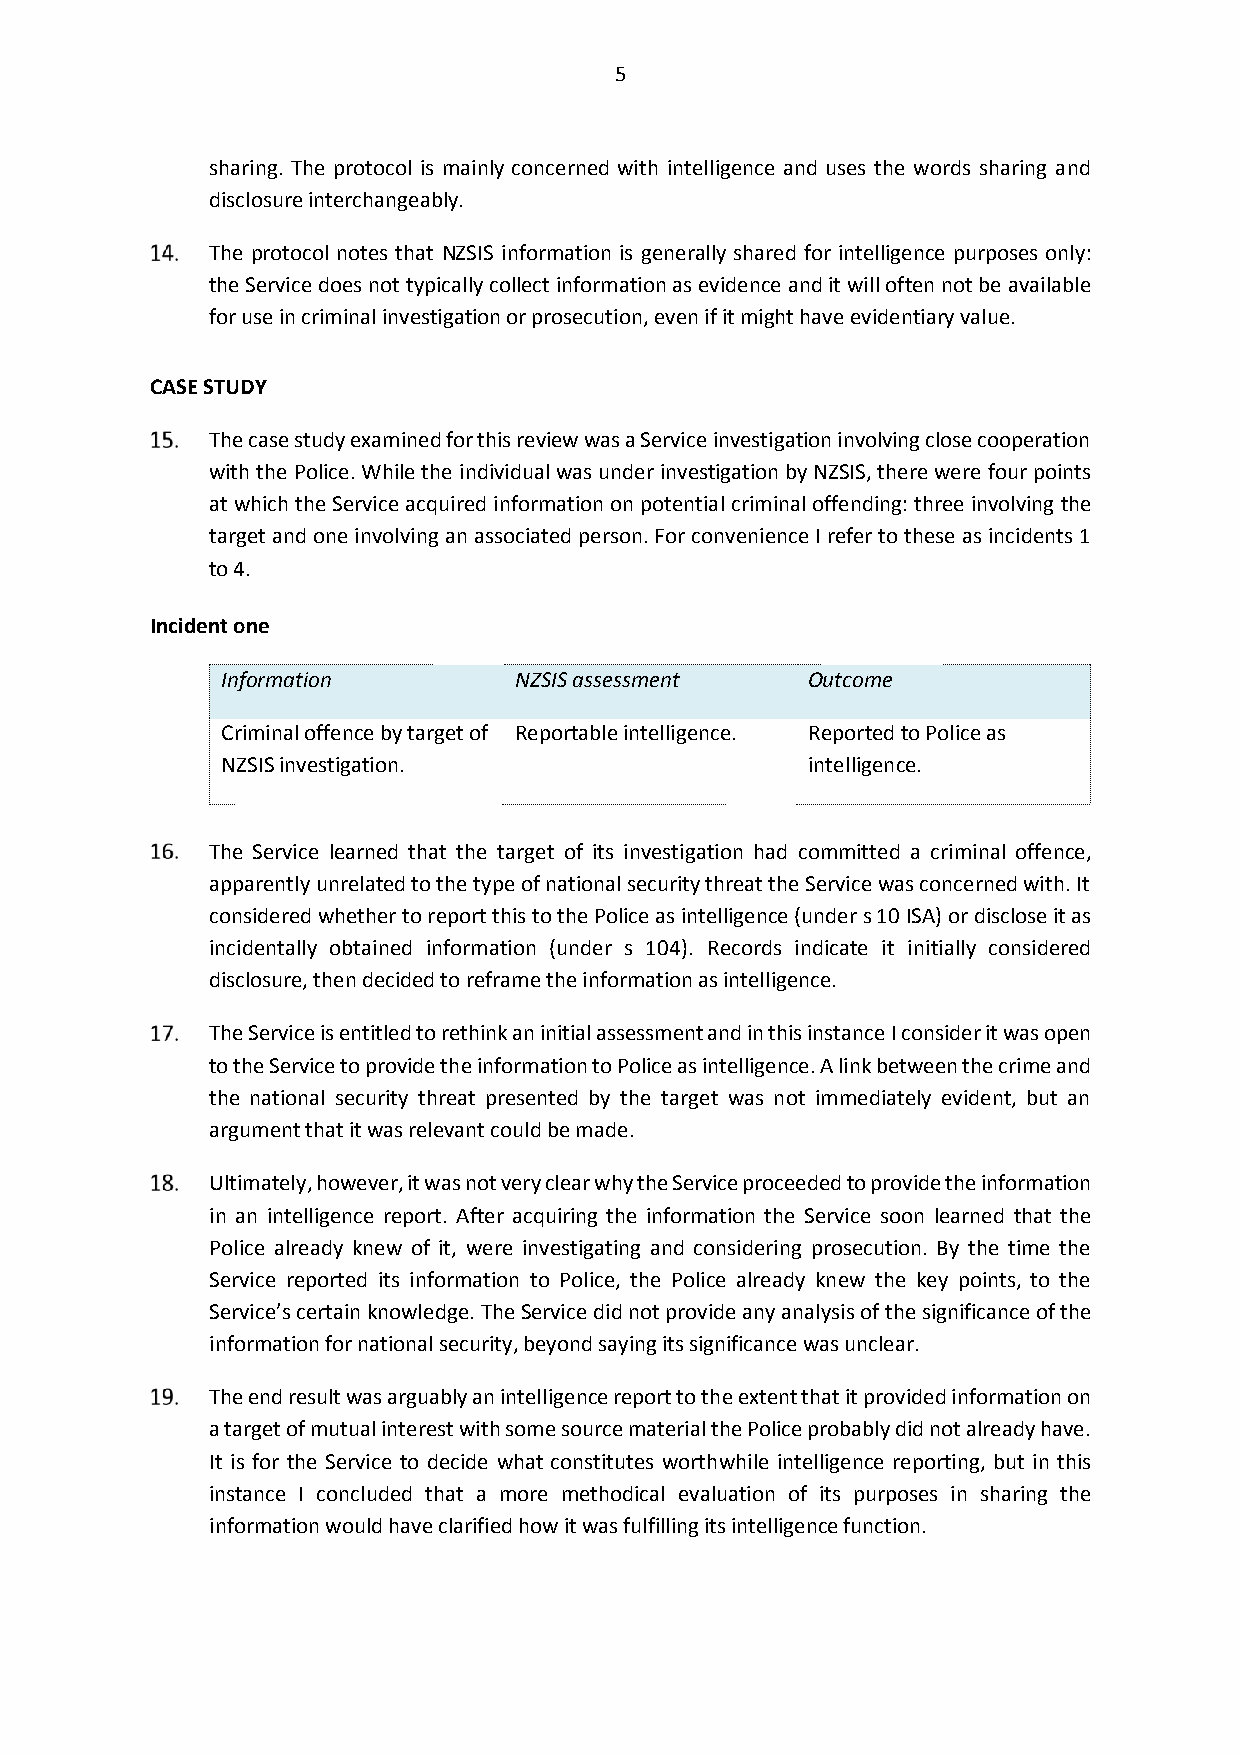
5
 sharing. The protocol is mainly concerned with intelligence and uses the words sharing and
 disclosure interchangeably.
 The protocol notes that NZSIS information is generally shared for intelligence purposes only:
 the Service does not typically collect information as evidence and it will often not be available
 for use in criminal investigation or prosecution, even if it might have evidentiary value.
 CASE STUDY
 The case study examined for this review was a Service investigation involving close cooperation
 with the Police. While the individual was under investigation by NZSIS, there were four points
 at which the Service acquired information on potential criminal offending: three involving the
 target and one involving an associated person. For convenience I refer to these as incidents 1
 to 4.
 Incident one
 Information        NZSIS assessment   Outcome
 Criminal offence by target of Reportable intelligence. Reported to Police as
 NZSIS investigation.                  intelligence.
 The Service learned that the target of its investigation had committed a criminal offence,
 apparently unrelated to the type of national security threat the Service was concerned with. It
 considered whether to report this to the Police as intelligence (under s 10 ISA) or disclose it as
 incidentally obtained information (under s 104). Records indicate it initially considered
 disclosure, then decided to reframe the information as intelligence.
 The Service is entitled to rethink an initial assessment and in this instance I consider it was open
 to the Service to provide the information to Police as intelligence. A link between the crime and
 the national security threat presented by the target was not immediately evident, but an
 argument that it was relevant could be made.
 Ultimately, however, it was not very clear why the Service proceeded to provide the information
 in an intelligence report. After acquiring the information the Service soon learned that the
 Police already knew of it, were investigating and considering prosecution. By the time the
 Service reported its information to Police, the Police already knew the key points, to the
 Service’s certain knowledge. The Service did not provide any analysis of the significance of the
 information for national security, beyond saying its significance was unclear.
 The end result was arguably an intelligence report to the extent that it provided information on
 a target of mutual interest with some source material the Police probably did not already have.
 It is for the Service to decide what constitutes worthwhile intelligence reporting, but in this
 instance I concluded that a more methodical evaluation of its purposes in sharing the
 information would have clarified how it was fulfilling its intelligence function.